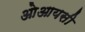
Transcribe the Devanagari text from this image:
ओआयसी